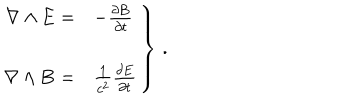
\left. \begin{array} { r l } { { \nabla \wedge { \bf E } = } } & { { - { \frac { \partial { \bf B } } { \partial t } } } } \\ { { } } & { { } } \\ { { \nabla \wedge { \bf B } = } } & { { \frac { 1 } { c ^ { 2 } } { \frac { \partial { \bf E } } { \partial t } } } } \\ \end{array} \right\} \, .